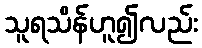
သူရသိန်ဟူ၍လည်း